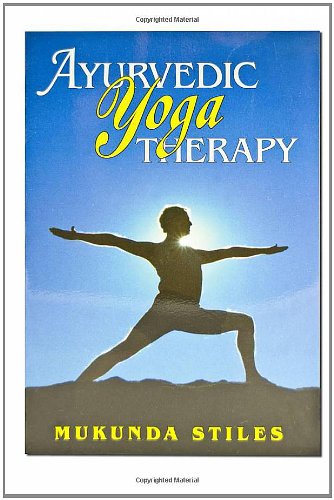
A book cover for Ayurvedic Yoga Therapy; Mukunda Stiles; Health, Fitness & Dieting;